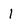
Character: 1